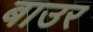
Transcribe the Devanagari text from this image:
बाउर